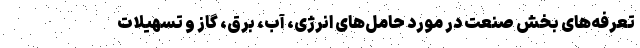
تعرفه‌های بخش صنعت در مورد حامل‌های انرژی، آب، برق، گاز و تسهیلات